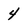
Character: 4